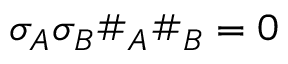
\sigma _ { A } \sigma _ { B } \# _ { A } \# _ { B } = 0